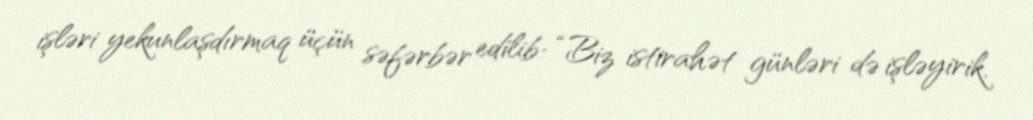
işləri yekunlaşdırmaq üçün səfərbər edilib: “Biz istirahət günləri də işləyirik.